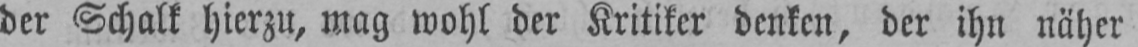
der Schalk hierzu, mag wohl der Kritiker denken, der ihn näher